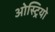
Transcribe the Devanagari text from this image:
ओस्ट्रियो